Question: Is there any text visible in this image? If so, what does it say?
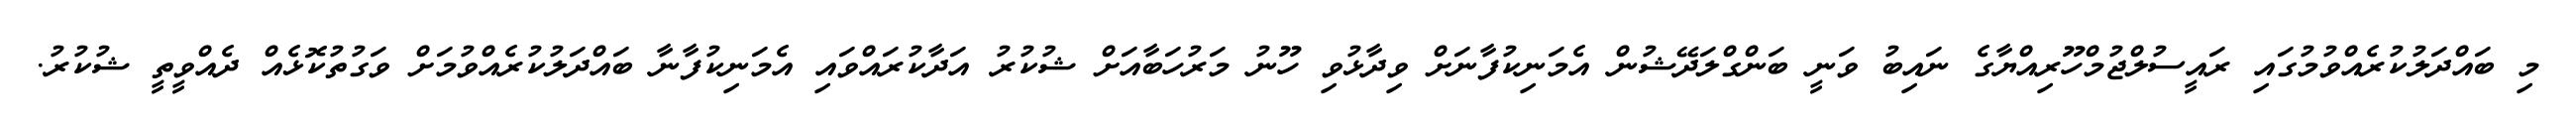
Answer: މި ބައްދަލުކުރެއްވުމުގައި ރައީސުލްޖުމްހޫރިއްޔާގެ ނައިބު ވަނީ ބަންގްލަދޭޝުން އެމަނިކުފާނަށް ވިދާޅުވި ހޫނު މަރުހަބާއަށް ޝުކުރު އަދާކުރައްވައި އެމަނިކުފާނާ ބައްދަލުކުރެއްވުމަށް ވަގުތުކޮޅެއް ދެއްވީތީ ޝުކުރު.